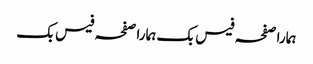
ہمارا صفحہ فیس بک	ہمارا صفحہ فیس بک